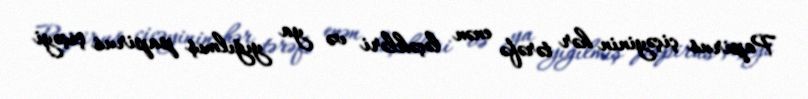
Papirus çiçəyinin hər tərəfə enən ləçəkləri və ya yığılmış papirus çiçəyi